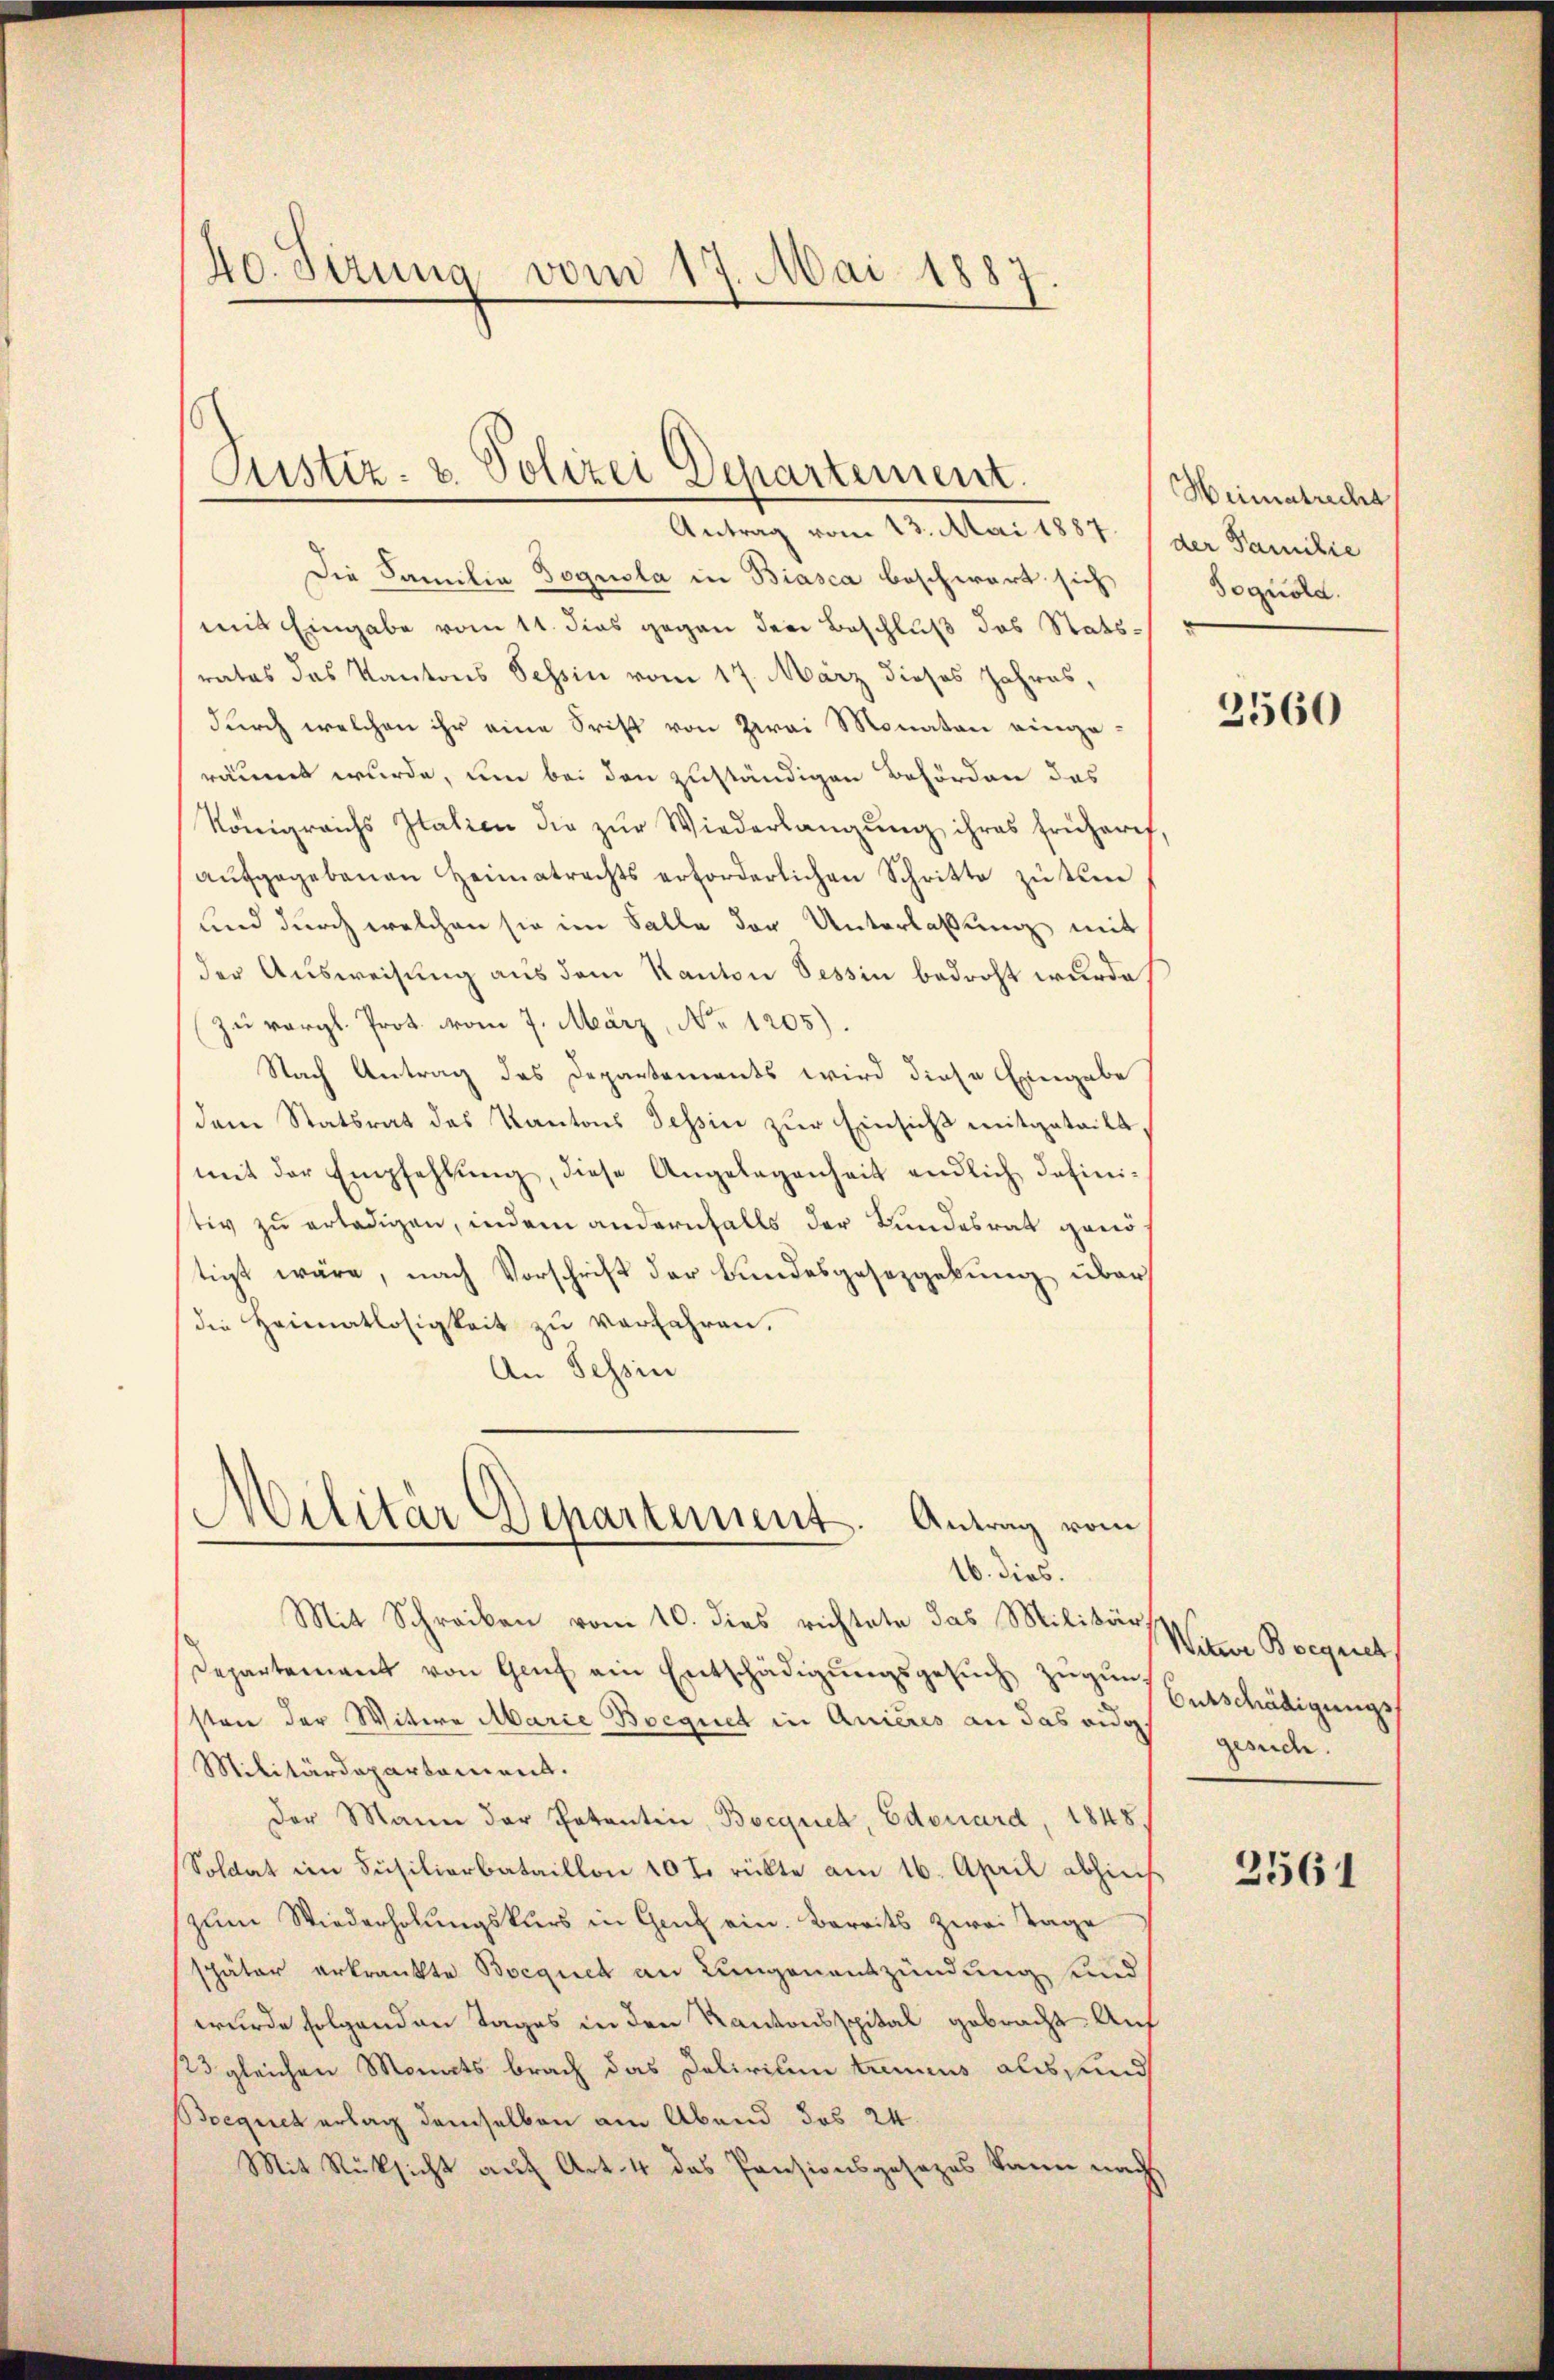
40. Sizung vom 17. Mai 1887.

Justiz- & Polizei Departement.

Antrag vom 13. Mai 1887, der Familie
Die Familia Bogusla in Biasca beschwart sich
mit Eingabe vom 11. dies gegen den Beschluß das Statsrates das Kantons Tessin vom 17. März dieses Jahres,
durch welchen ihr eine Frist von zwei Monaten eingeräumt wurde, um bei den zuständigen Behörden das
Königreichs Italien die zur Wiederlangung ihres früheres,
aŭfgegebenen Heimatrechts erforderlichen Schritte zu tren
und durch welchen sie im Falle der Unterlassung mit
der Ausweisung aus dem Kanton Tessin bedroht wurde.
zu vergl. Prot. vom 7. März, No 1205).
Nach Antrag des Departements wird diese Eingabe
dem Statsrat des Kantons Tessin zur Einsicht mitgeteilt,
mit der Empfehlŭng, diese Angelegenheit endlich defini-
tiv zu erledigen, indem andernfalls der Bundesrat geno
tigt wäre, nach Vorschrift der Bundesgesetzgebung über
die Heimatlosigkeit zu verfahren.
An Tessin
Militär Departement. Antrag vom
16. dies.
Mit Schreiben vom 10. dies richtete das Militär Wyna Bocgrich
Departement von Genf ein Entschädigungsgesuch zugung
sten der Witwe Marie Boegnet in Anieres an das auch gesuch.
Militärdepartamens.
Der Mann der Potentin, Boequck, Edouard, 1848.
Soldat im Füsilierbataillon 10 t. rückte am 16. April abhinis
zum Wiederholungskurs in Genf ein. Bereits zwei Tage
später erkrankte Bocques an Lungenentzündung und
wurde folgenden Tages in den Kantonsspital gebracht. Auf
123 gleichen Monats brach das Delirium trennus als und
Bequet erlag demselben am Abend das 24.
Mit Rücksicht auf Art. 4 das Pensionsgesezes kann nach

Weimatrecht
Soguold.

2560

Eurschädigungs¬

2561